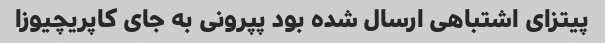
پیتزای اشتباهی ارسال شده بود پپرونی به جای کاپریچیوزا